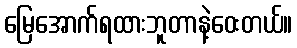
မြေအောက်ရထားဘူတာနဲ့ဝေးတယ်။